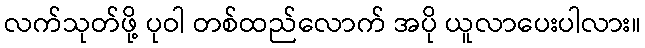
လက်သုတ်ဖို့ ပုဝါ တစ်ထည်လောက် အပို ယူလာပေးပါလား။